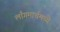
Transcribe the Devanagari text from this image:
लाँगमार्चमध्ये